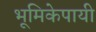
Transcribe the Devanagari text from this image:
भूमिकेपायी